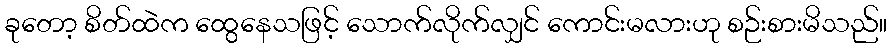
ခုတော့ စိတ်ထဲက ထွေနေသဖြင့် သောက်လိုက်လျှင် ကောင်းမလားဟု စဉ်းစားမိသည်။